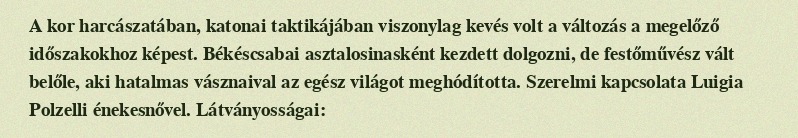
A kor harcászatában, katonai taktikájában viszonylag kevés volt a változás a megelőző időszakokhoz képest. Békéscsabai asztalosinasként kezdett dolgozni, de festőművész vált belőle, aki hatalmas vásznaival az egész világot meghódította. Szerelmi kapcsolata Luigia Polzelli énekesnővel. Látványosságai: